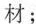
材；